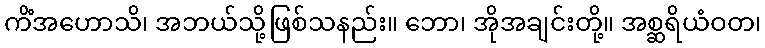
ကိံအဟောသိ၊ အဘယ်သို့ဖြစ်သနည်း။ ဘော၊ အိုအချင်းတို့။ အစ္ဆရိယံဝတ၊